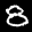
Label: 8